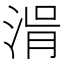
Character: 𣷢